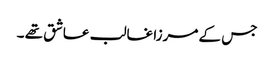
جس کے مرزا غالب عاشق تھے ۔